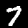
Label: 7